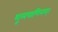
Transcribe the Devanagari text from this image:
शूलपाणिनम्।